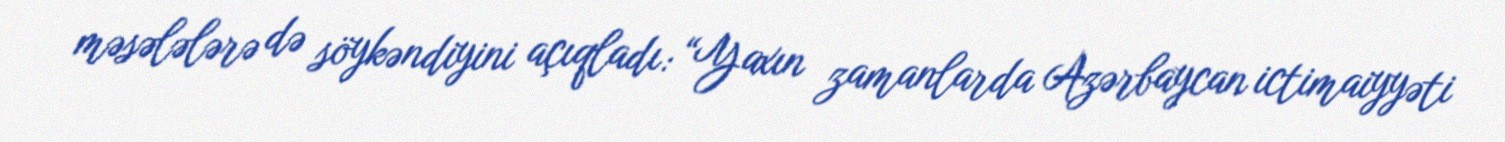
məsələlərə də söykəndiyini açıqladı: “Yaxın zamanlarda Azərbaycan ictimaiyyəti